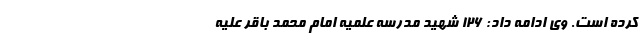
کرده است. وی ادامه داد: ۱۲۶ شهید مدرسه علمیه امام محمد باقر علیه